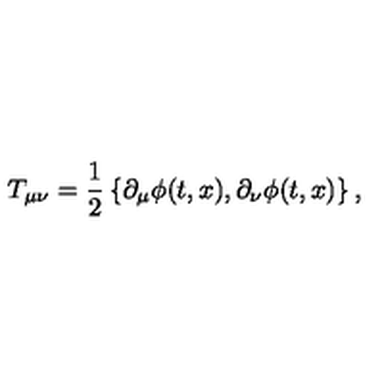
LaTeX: T _ { \mu \nu } = { \frac { 1 } { 2 } } \left\{ \partial _ { \mu } \phi ( t , x ) , \partial _ { \nu } \phi ( t , x ) \right\} ,